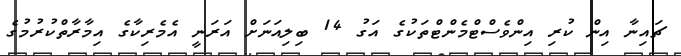
ޗައިނާ އިން ކުރި އިންވެސްޓްމެންޓްތަކުގެ އަގު 14 ބިލިއަނަށް އަރަނީ އެމެރިކާގެ އިމާރާތްކުރުމުގެ